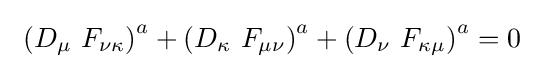
\ \left(D_{\mu }\ F_{\nu \kappa }\right)^{a}+\left(D_{\kappa }\ F_{\mu \nu }\right)^{a}+\left(D_{\nu }\ F_{\kappa \mu }\right)^{a}=0\